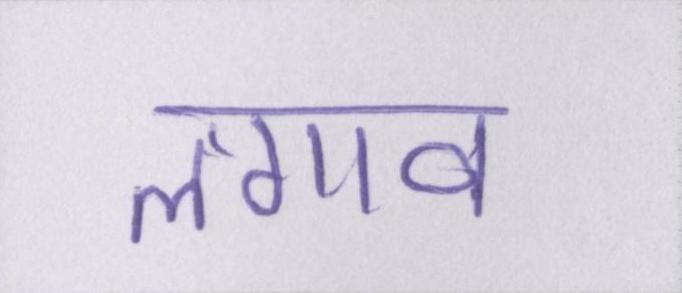
लगाव